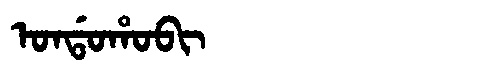
Manchu: ᠣᠨᡩᠣᡥᠣᠪᡳ
Romanization: ONDOHOBI